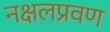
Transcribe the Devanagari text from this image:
नक्षलप्रवण